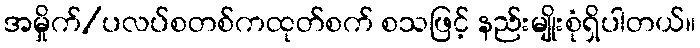
အမှိုက်/ပလပ်စတစ်ကထုတ်စက် စသဖြင့် နည်းမျိုးစုံရှိပါတယ်။